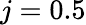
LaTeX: j=0.5